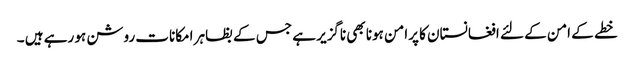
خطے کے امن کے لئے افغانستان کا پرامن ہونا بھی ناگزیر ہے جس کے بظاہر امکانات روشن ہو رہے ہیں ۔